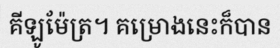
គីឡូម៉ែត្រ។ គម្រោងនេះក៏បាន